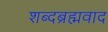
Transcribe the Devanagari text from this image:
शब्दब्रह्मवाद